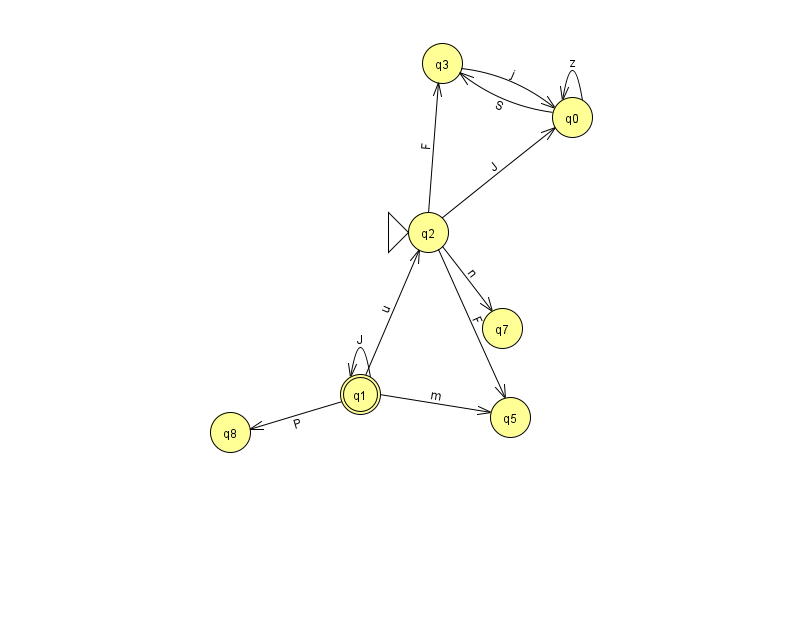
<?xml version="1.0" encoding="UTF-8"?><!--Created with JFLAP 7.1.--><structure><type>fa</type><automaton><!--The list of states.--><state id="0" name="q0"><x>572.0</x><y>104.0</y></state><state id="1" name="q1"><x>360.0</x><y>381.0</y><final/></state><state id="2" name="q2"><x>428.0</x><y>219.0</y><initial/></state><state id="3" name="q3"><x>442.0</x><y>50.0</y></state><state id="5" name="q5"><x>510.0</x><y>404.0</y></state><state id="7" name="q7"><x>502.0</x><y>315.0</y></state><state id="8" name="q8"><x>230.0</x><y>419.0</y></state><!--The list of transitions.--><transition><from>0</from><to>3</to><read>S</read></transition><transition><from>2</from><to>3</to><read>F</read></transition><transition><from>1</from><to>2</to><read>u</read></transition><transition><from>2</from><to>5</to><read>F</read></transition><transition><from>2</from><to>0</to><read>J</read></transition><transition><from>3</from><to>0</to><read>j</read></transition><transition><from>1</from><to>8</to><read>P</read></transition><transition><from>0</from><to>0</to><read>z</read></transition><transition><from>1</from><to>1</to><read>J</read></transition><transition><from>2</from><to>7</to><read>n</read></transition><transition><from>1</from><to>5</to><read>m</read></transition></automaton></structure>